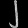
Digit: ၂